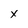
Character: x